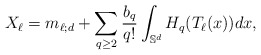
\begin{align*}X_\ell=m_{\ell;d}+\sum_{q \geq 2} \frac{b_q}{q!} \int_{\mathbb S^d} H_q(T_\ell(x)) dx,\end{align*}